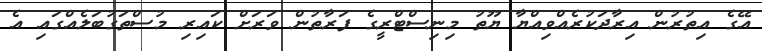
އޭގެ އިތުރުން އިރާދަކުރެއްވިއްޔާ ޔޫތު މިނިސްޓްރީގެ ފަރާތުން ވަރަށް ކައިރި މުސްތަގުބަލެއްގައި އެ